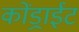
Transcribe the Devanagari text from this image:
कोंड्राईट